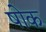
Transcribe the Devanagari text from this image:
षोक